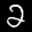
Label: 2